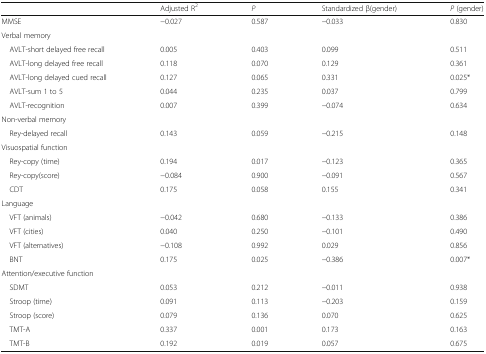
<table><thead><tr><td></td><td><b>Adjusted R<sup>2</sup></b></td><td><b><i>P</i></b></td><td><b>Standardized β(gender)</b></td><td><b><i>P</i> (gender)</b></td></tr></thead><tbody><tr><td>MMSE</td><td>−0.027</td><td>0.587</td><td>−0.033</td><td>0.830</td></tr><tr><td colspan="5">Verbal memory</td></tr><tr><td> AVLT-short delayed free recall</td><td>0.005</td><td>0.403</td><td>0.099</td><td>0.511</td></tr><tr><td> AVLT-long delayed free recall</td><td>0.118</td><td>0.070</td><td>0.129</td><td>0.361</td></tr><tr><td> AVLT-long delayed cued recall</td><td>0.127</td><td>0.065</td><td>0.331</td><td>0.025*</td></tr><tr><td> AVLT-sum 1 to 5</td><td>0.044</td><td>0.235</td><td>0.037</td><td>0.799</td></tr><tr><td> AVLT-recognition</td><td>0.007</td><td>0.399</td><td>−0.074</td><td>0.634</td></tr><tr><td colspan="5">Non-verbal memory</td></tr><tr><td> Rey-delayed recall</td><td>0.143</td><td>0.059</td><td>−0.215</td><td>0.148</td></tr><tr><td colspan="5">Visuospatial function</td></tr><tr><td> Rey-copy (time)</td><td>0.194</td><td>0.017</td><td>−0.123</td><td>0.365</td></tr><tr><td> Rey-copy(score)</td><td>−0.084</td><td>0.900</td><td>−0.091</td><td>0.567</td></tr><tr><td> CDT</td><td>0.175</td><td>0.058</td><td>0.155</td><td>0.341</td></tr><tr><td colspan="5">Language</td></tr><tr><td> VFT (animals)</td><td>−0.042</td><td>0.680</td><td>−0.133</td><td>0.386</td></tr><tr><td> VFT (cities)</td><td>0.040</td><td>0.250</td><td>−0.101</td><td>0.490</td></tr><tr><td> VFT (alternatives)</td><td>−0.108</td><td>0.992</td><td>0.029</td><td>0.856</td></tr><tr><td> BNT</td><td>0.175</td><td>0.025</td><td>−0.386</td><td>0.007*</td></tr><tr><td colspan="5">Attention/executive function</td></tr><tr><td> SDMT</td><td>0.053</td><td>0.212</td><td>−0.011</td><td>0.938</td></tr><tr><td> Stroop (time)</td><td>0.091</td><td>0.113</td><td>−0.203</td><td>0.159</td></tr><tr><td> Stroop (score)</td><td>0.079</td><td>0.136</td><td>0.070</td><td>0.625</td></tr><tr><td> TMT-A</td><td>0.337</td><td>0.001</td><td>0.173</td><td>0.163</td></tr><tr><td> TMT-B</td><td>0.192</td><td>0.019</td><td>0.057</td><td>0.675</td></tr></tbody></table>